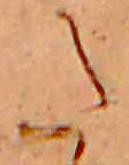
た